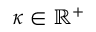
\kappa \in \mathbb R ^ { + }